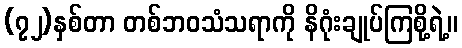
(၇၂)နှစ်တာ တစ်ဘဝသံသရာကို နိဂုံးချုပ်ကြစို့ရဲ့။